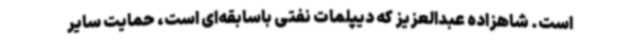
است. شاهزاده عبدالعزیز که دیپلمات نفتی باسابقه‌ای است، حمایت سایر